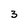
Character: 3